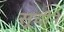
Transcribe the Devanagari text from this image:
सूचीने